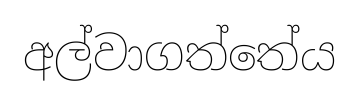
අල්වාගත්තේය